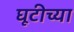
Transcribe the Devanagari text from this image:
घूटीच्या